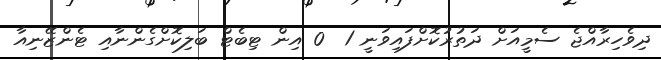
ދިވެހިރާއްޖެ ސެމީއަށް ދަތުރުކޮށްފައިވަނީ 1  0 އިން ޓިބެޓް ބަލިކޮށްގެންނާއި ޓެންޒޭނިއާ